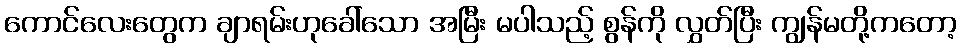
ကောင်လေးတွေက ချာရမ်းဟုခေါ်သော အမြီး မပါသည့် စွန်ကို လွှတ်ပြီး ကျွန်မတို့ကတော့